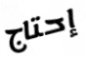
إحتاج